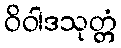
ဝိဝါဒသုတ္တံ